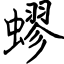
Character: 蟉